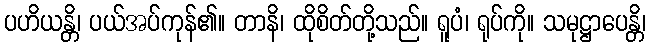
ပဟိယန္တိ၊ ပယ်အပ်ကုန်၏။ တာနိ၊ ထိုစိတ်တို့သည်။ ရူပံ၊ ရုပ်ကို။ သမုဋ္ဌာပေန္တိ၊